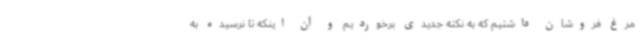
مرغ فروشان داشتیم که به نکته جدیدی برخوردیم و آن اینکه تا نرسیده به